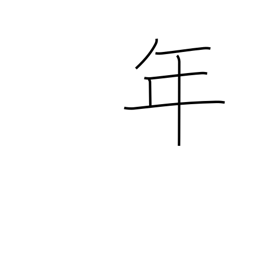
Meaning: counter for years